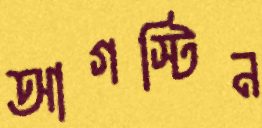
আগস্টিন